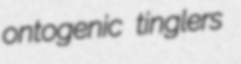
ontogenic tinglers